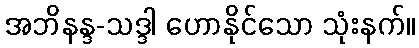
အဘိနန္ဒ-သဒ္ဒါ ဟောနိုင်သော သုံးနက်။